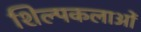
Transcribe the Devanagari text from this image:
शिल्पकलाओं